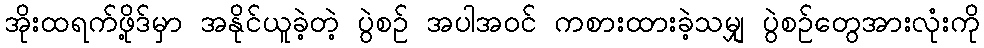
အိုးထရက်ဖို့ဒ်မှာ အနိုင်ယူခဲ့တဲ့ ပွဲစဉ် အပါအဝင် ကစားထားခဲ့သမျှ ပွဲစဉ်တွေအားလုံးကို